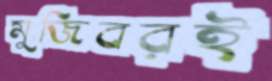
মুজিবরই